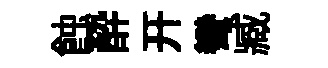
蝕酔开彎臧